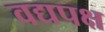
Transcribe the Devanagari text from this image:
वद्यपक्ष